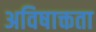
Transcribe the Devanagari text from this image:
अविषाक्तता